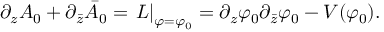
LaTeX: \partial _ { z } A _ { 0 } + \partial _ { \bar { z } } \bar { A } _ { 0 } = \left. { \cal L } \right| _ { \varphi = \varphi _ { 0 } } = \partial _ { z } \varphi _ { 0 } \partial _ { \bar { z } } \varphi _ { 0 } - V ( \varphi _ { 0 } ) .